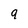
Character: q